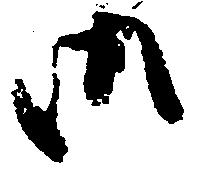
御